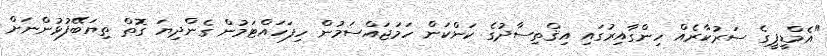
"އެމްޑީޕީގެ ސަރުކާރެއް ހިންގާއިރުގައި އިޤްތިސާދުގެ ކަންކަން ހަމަޖައްސަމުން ހިފަހައްޓަމުން ގެންދިޔަ ގޮތް ތިޔަބޭފުޅުންނަށް